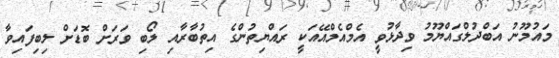
މައުމޫނު އަބްދުލްގައްޔޫމު ވިދާޅުވީ އެމްއެމްއޭއަކީ ރައްޔިތުންގެ އިތުބާރާއި ލޯބި ވަރަށް ބޮޑަށް ލިބިފައިވާ